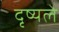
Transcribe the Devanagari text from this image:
दृष्यले